Civil Veterinary Department Bihar reports 1940-50 - 1940-1950
Year: 1940
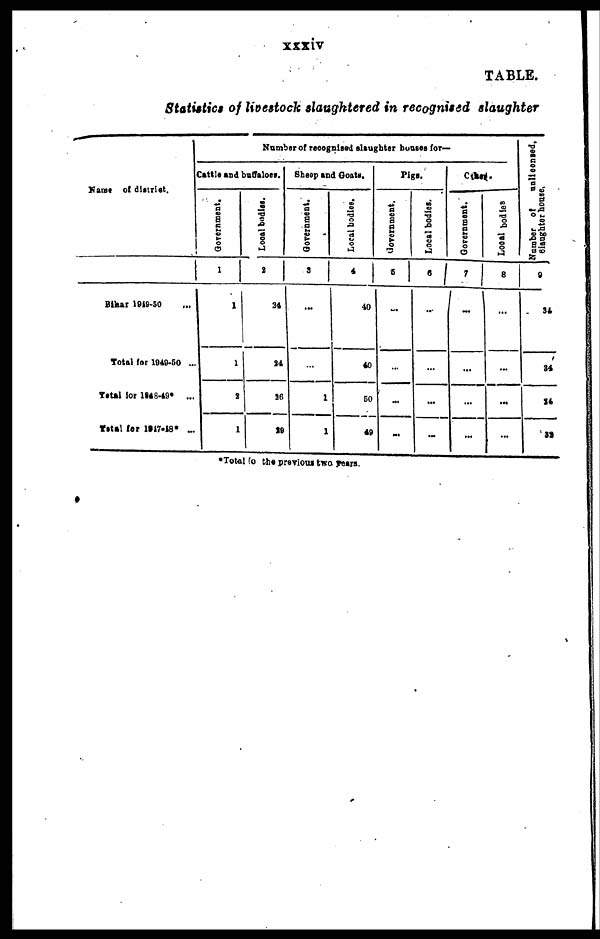
xxxiv
TABLE.
Statistics of livestock slaughtered in recognised slaughter
Name of district.
Bihar 1949-50 ...
Total for 1949-50 ...
Total for 1948-49* ...
Total far 1947-48* ...
Number of recognised slaughter houses for—
Cattle and buffaloes.
Government.
1
1
1
2
1
Local bodies.
2
34
24
18
S9
Sheep and Goats.
Government.
3
...
...
1
1
Loral bodice.
4
40
40
60
49
Pigs.
Government.
5
...
...
...
...
Local bodies.
6
...
...
...
...
cthed.
Government.
7
...
...
...
...
Local bodies
8
...
...
...
...
Number
of
unlicensed,
siaughter
house.
0
34
S4
26
22
*Total to the previous two years.